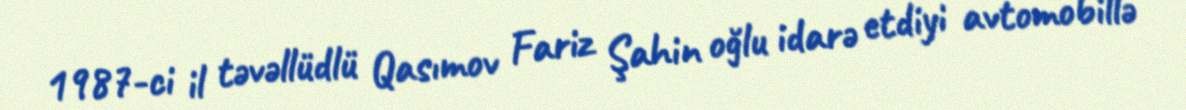
1987-ci il təvəllüdlü Qasımov Fariz Şahin oğlu idarə etdiyi avtomobillə